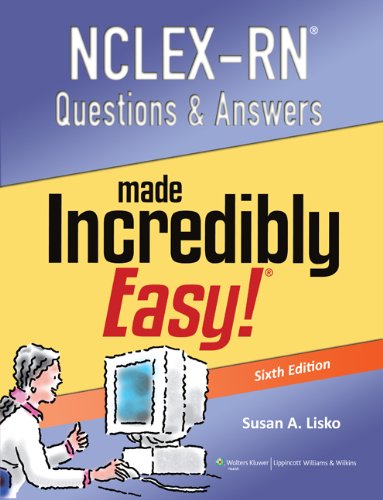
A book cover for NCLEX-RN Questions and Answers Made Incredibly Easy (Nclexrn Questions & Answers Made Incredibly Easy); Susan Lisko; Test Preparation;